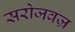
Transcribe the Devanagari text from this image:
सरोजवज्र